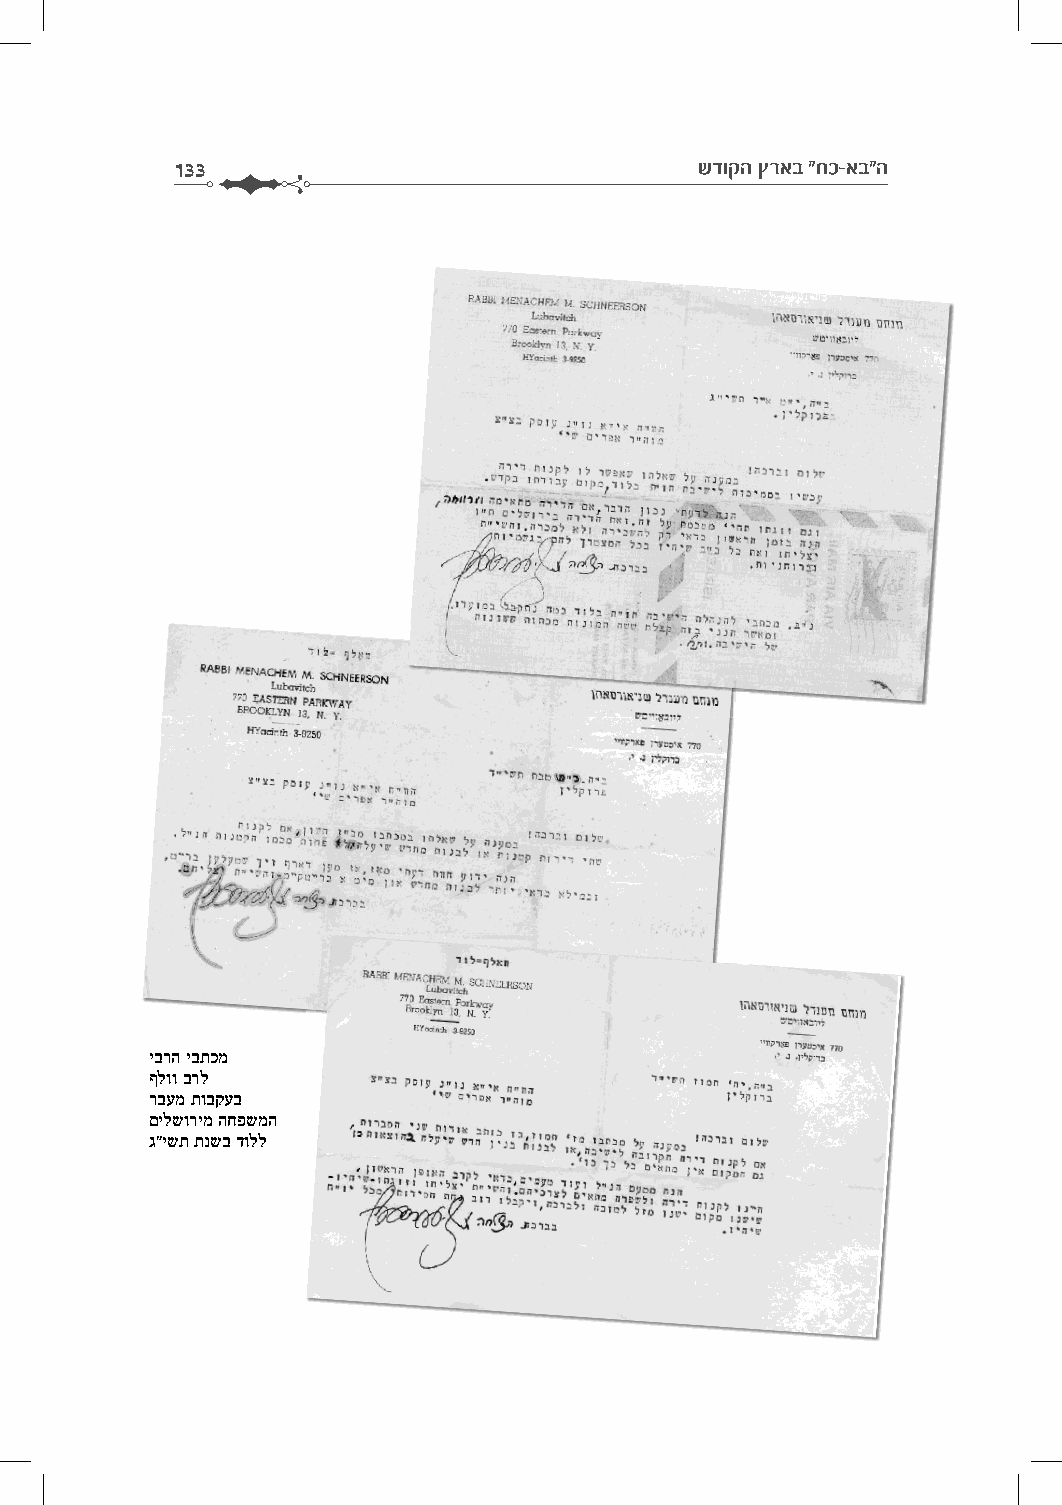
133                                שדוקה ץראב "חכ-אב"ה
 יברה יבתכמ
 ףלוו ברל
 רבעמ תובקעב
 םילשורימ החפשמה
 ג"ישת תנשב דולל